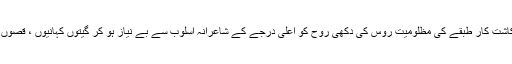
اس نے قصباتی زندگی، کاشت کار طبقے کی مظلومیت روس کی دکھی روح کو اعلیٰ درجے کے شاعرانہ اسلوب سے بے نیاز ہو کر گیتوں کہانیوں ، قصوں کا شاعرانہ رنگ دے دیا۔